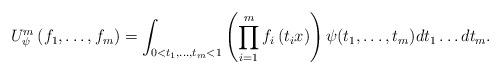
LaTeX: \begin{align*}U^{m}_{\psi}\left(f_1,\ldots,f_m\right)=\int_{0<t_1,\ldots,t_m<1}\left(\prod_{i=1}^mf_i\left(t_ix\right)\right)\psi(t_1,\ldots,t_m)dt_1\ldots dt_m.\end{align*}